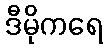
ဒီမိုကရေ